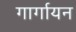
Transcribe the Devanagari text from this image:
गार्गायन